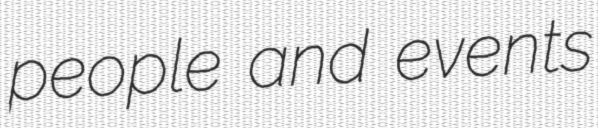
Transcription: people and events